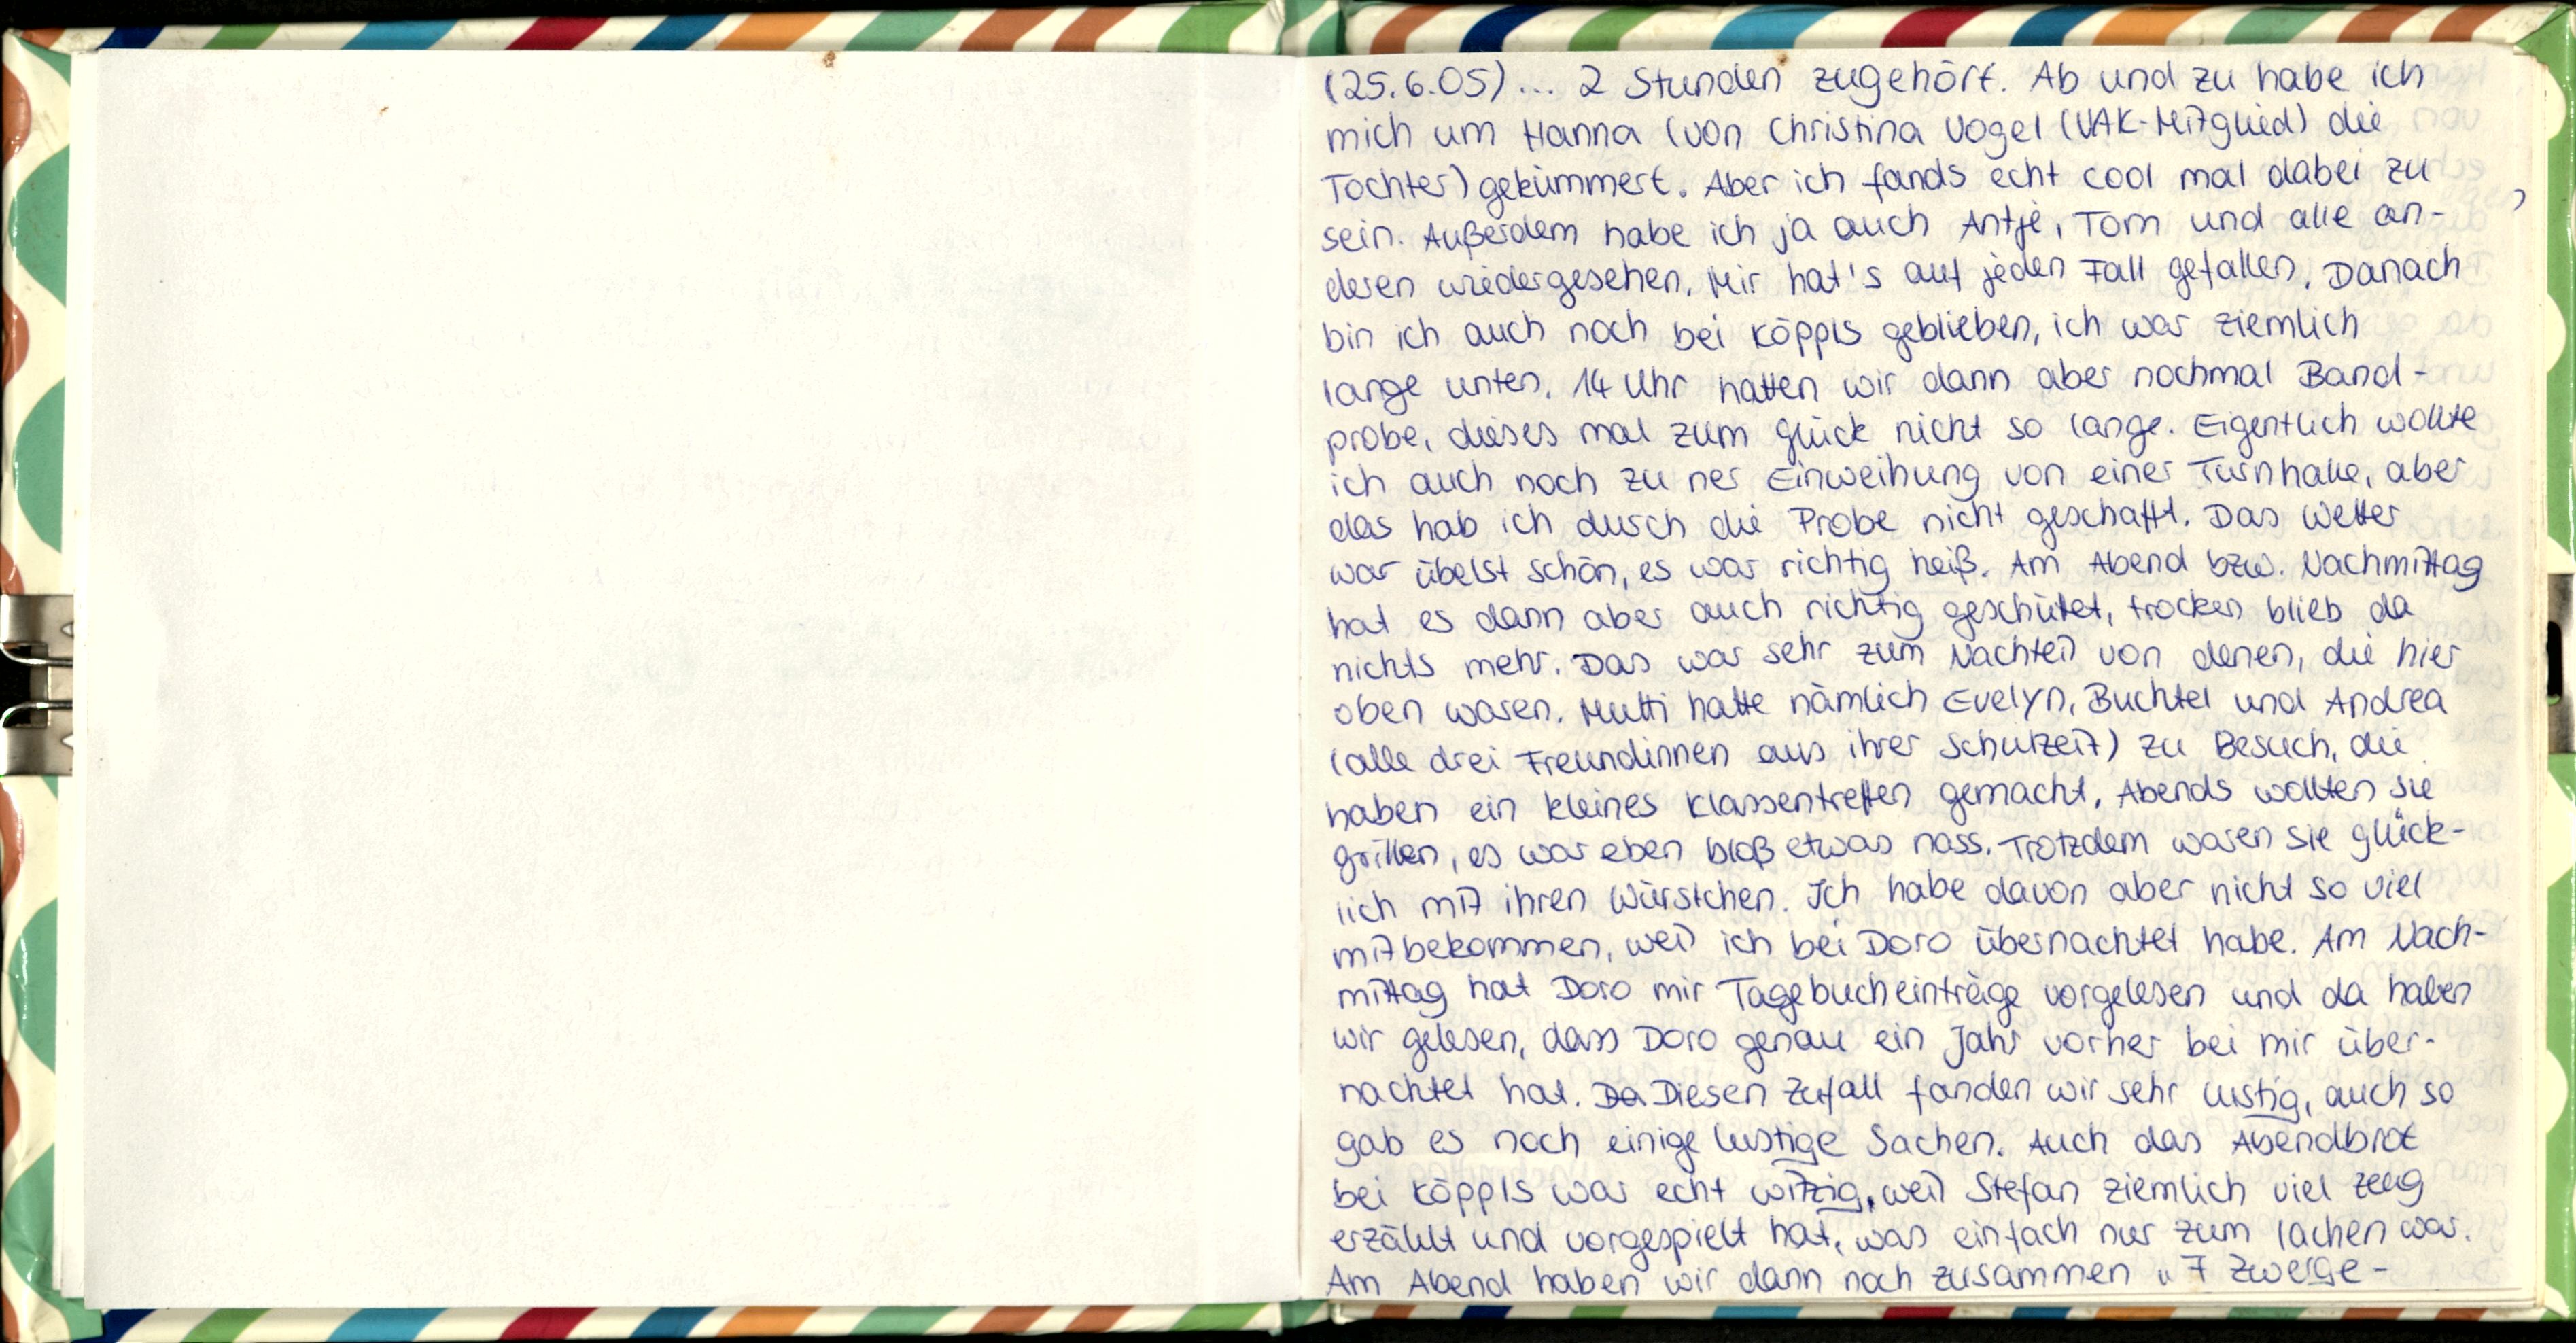
(25.6.05)... 2 Stunden zugehört. Ab und zu habe ich
mich um Hanna (von Christina Vogel (VAK- Mitglied) die
Tochter) gekümmert. Aber ich fands echt cool mal dabei zu
sein. Außerdem habe ich ja auch Antje, Tom und alle an-
deren wiedergesehen. Mir hat's auf jeden Fall gefallen. Danach
bin ich auch noch bei Köppls geblieben, ich war ziemlich
lange unten. 14 Uhr hatten wir dann aber nochmal Band-
probe, dieses mal zum Glück nicht so lange. Eigentlich wollte
ich auch noch zu ner Einweihung von einer Turnhalle, aber
das hab ich durch die Probe nicht geschafft. Das Wetter
war übelst schön, es war richtig heiß. Am Abend bzw. Nachmittag
hat es dann aber auch richtig geschüttet, trocken blieb da
nichts mehr. Das war sehr zum Nachteil von denen, die hier
oben waren. Mutti hatte nämlich Evelyn, Buchtel und Andrea
(alle drei Freundinnen aus ihrer Schulzeit) zu Besuch, die
haben ein kleines Klassentreffen gemacht. Abends wollten sie
grillen, es war eben bloß etwas nass. Trotzdem waren sie glück-
ich mit ihren Würstchen. Ich habe davon aber nicht so viel
mitbekommen, weil ich bei Doro übernachtet habe. Am Nach-
mittag hat Doro mir Tagebucheinträge vorgelesen und da haben
wir gelesen, dass Doro genau ein Jahr vorher bei mir über-
nachtet hat. Diesen Zufall fanden wir sehr lustig, auch so
gab es noch einige lustige Sachen. Auch das Abendbrot
bei Köppls war echt witzig, weil Stefan ziemlich viel Zeug
erzählt und vorgespielt hat, was einfach nur zum lachen war.
Am Abend haben wir dann noch zusammen „7 Zwerge-